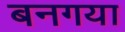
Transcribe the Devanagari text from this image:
बनगया